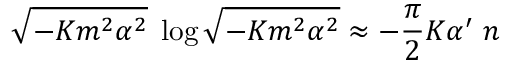
\sqrt { - K m ^ { 2 } \alpha ^ { 2 } } \; \log \sqrt { - K m ^ { 2 } \alpha ^ { 2 } } \approx - \frac { \pi } { 2 } K \alpha ^ { \prime } \; n